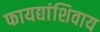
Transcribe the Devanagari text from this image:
फायद्यांशिवाय